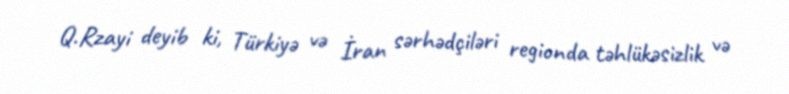
Q.Rzayi deyib ki, Türkiyə və İran sərhədçiləri regionda təhlükəsizlik və